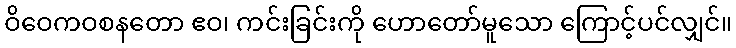
ဝိဝေကဝစနတော ဧဝ၊ ကင်းခြင်းကို ဟောတော်မူသော ကြောင့်ပင်လျှင်။